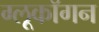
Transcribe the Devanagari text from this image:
ग्लूकॉगन